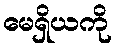
မေရှိယကို